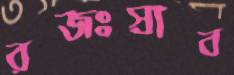
রজঃস্রাব